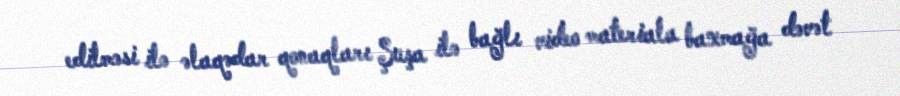
edilməsi ilə əlaqədar qonaqları Şuşa ilə bağlı video materiala baxmağa dəvət